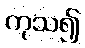
ကုသ၍